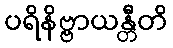
ပရိနိဗ္ဗာယန္တီတိ